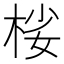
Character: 𣒹